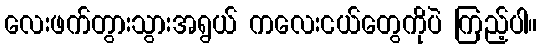
လေးဖက်တွားသွားအရွယ် ကလေးငယ်တွေကိုပဲ ကြည့်ပါ။